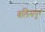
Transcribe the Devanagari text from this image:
बलिसपुर